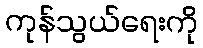
ကုန်သွယ်ရေးကို